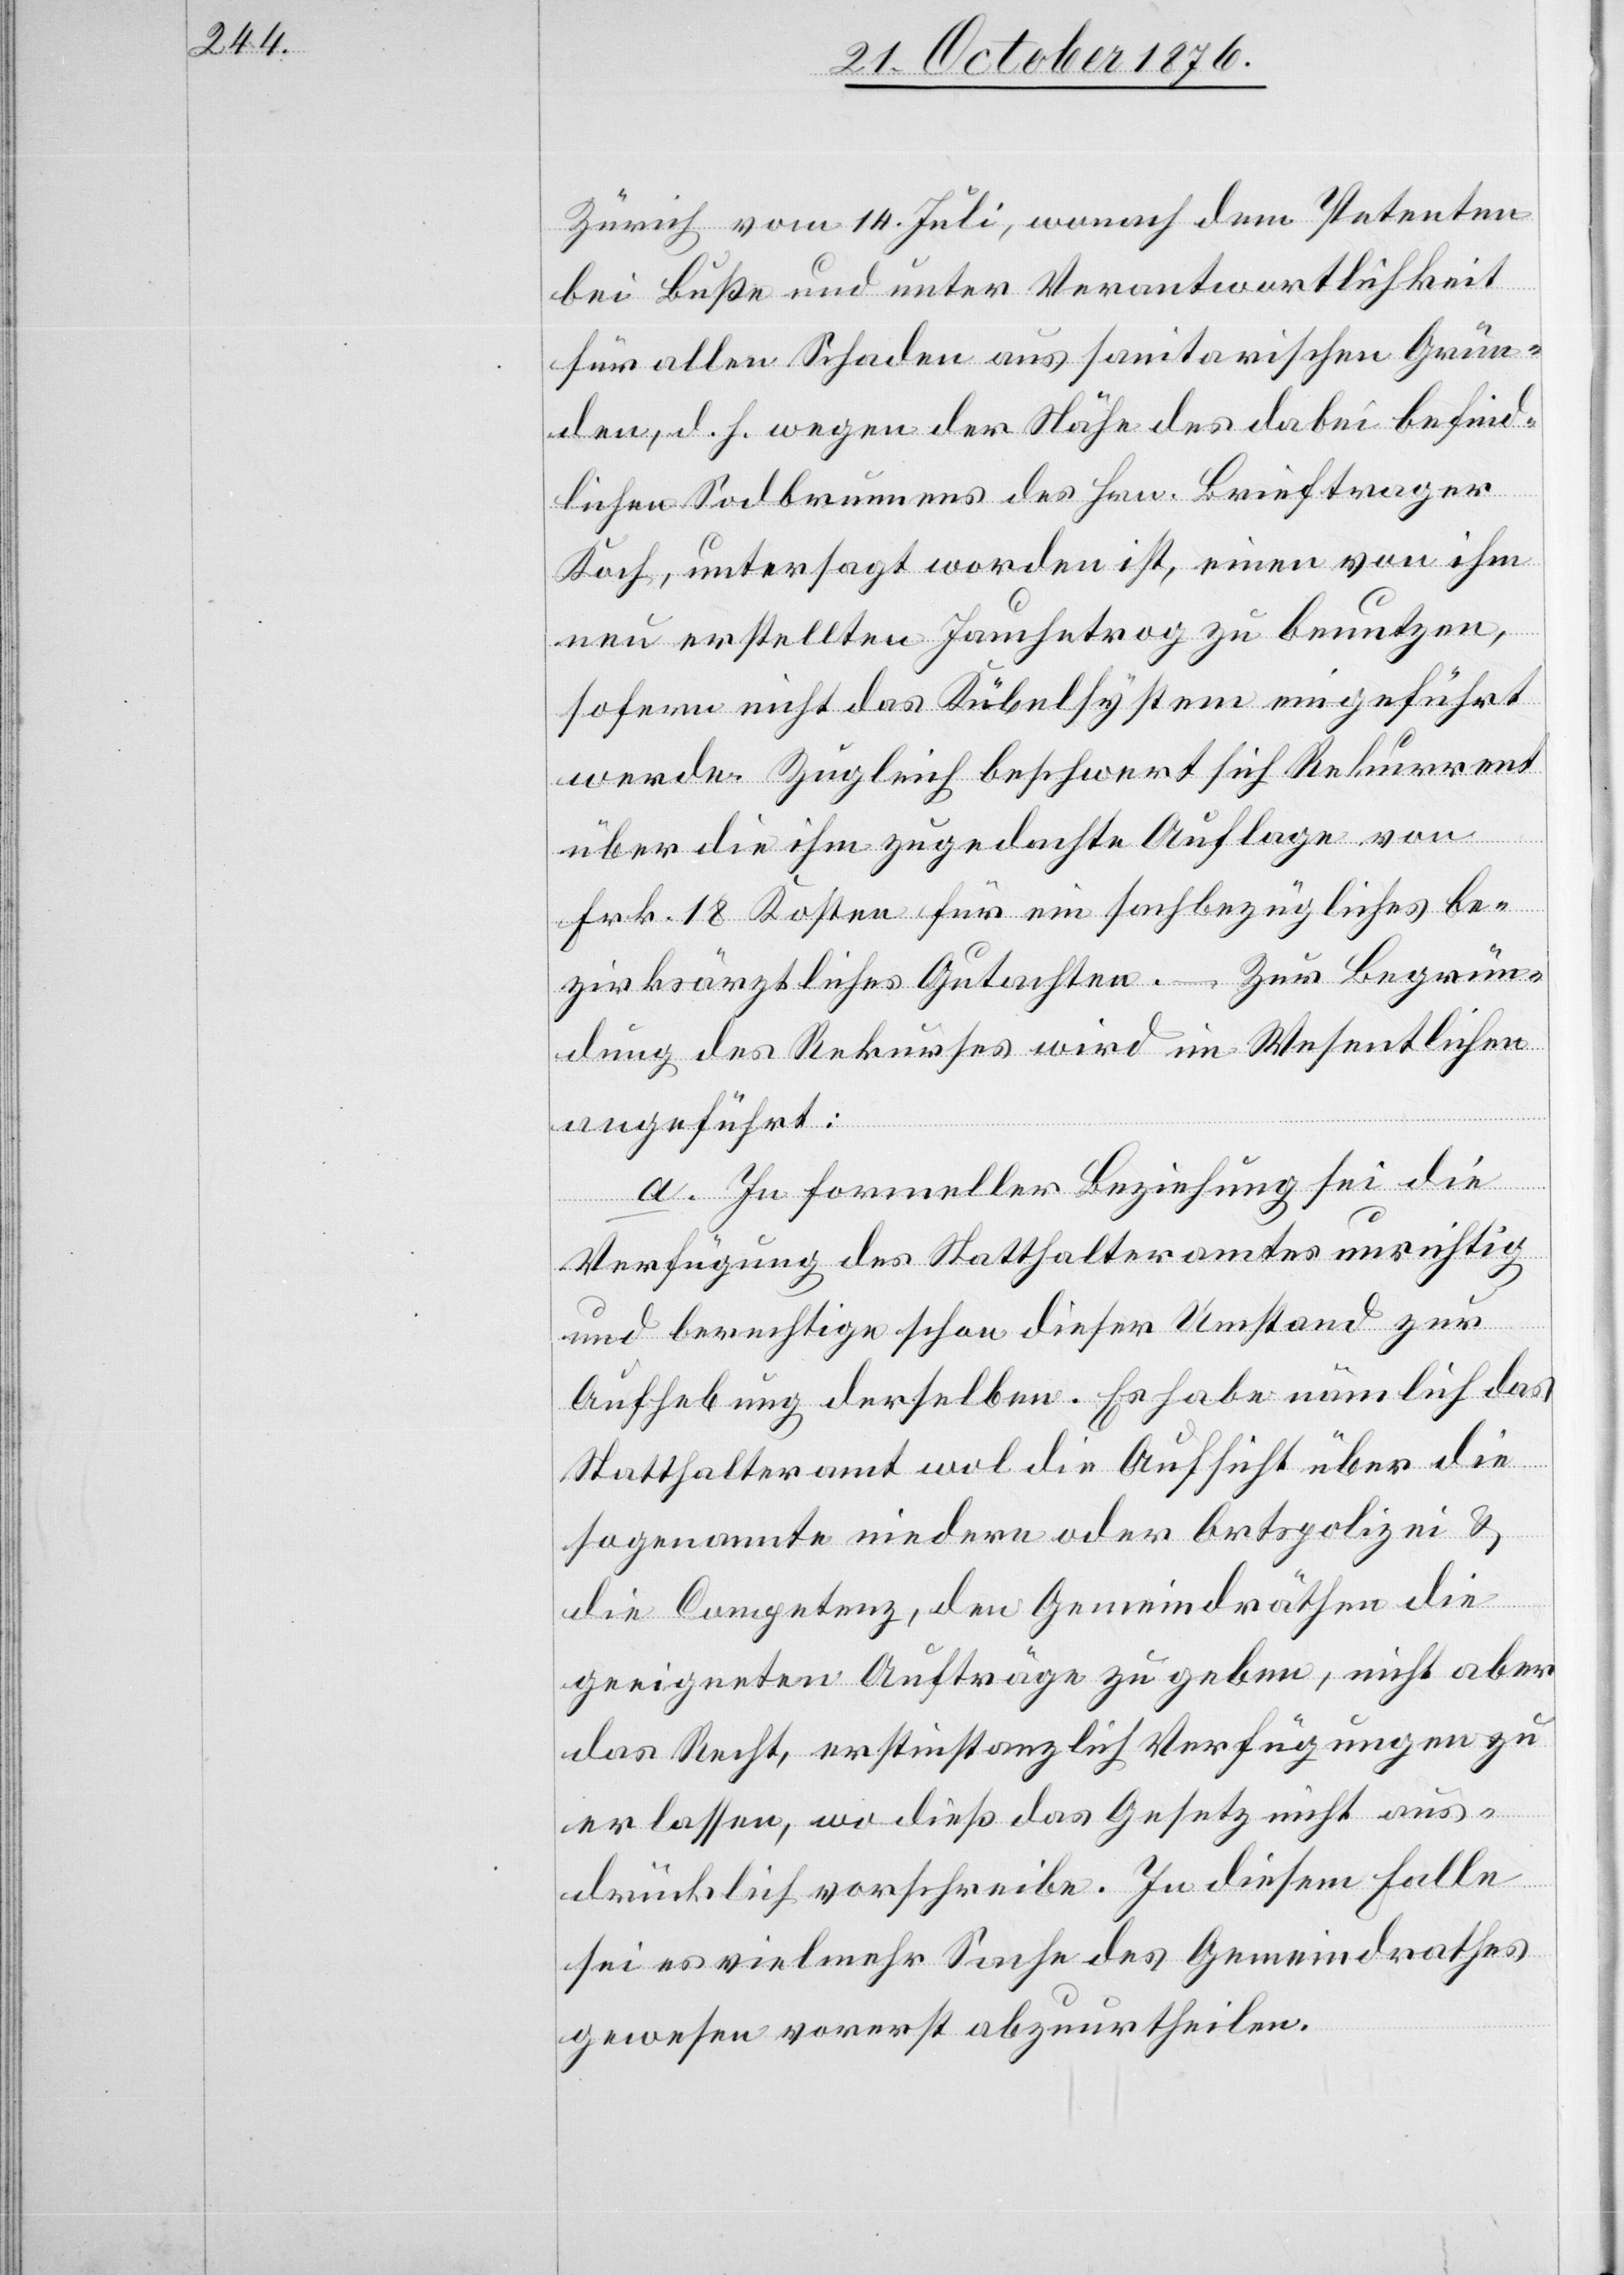
Zürich vom 14. Juli, wonach dem Petenten
bei Buße und unter Verantwortlichkeit
für allen Schaden aus sanitarischen Grün¬
den, d. h. wegen der Nähe des dabei befind¬
lichen Sodbrunnens des Hrn. Brieftrager
Koch, untersagt worden ist, einen von ihm
neu erstellten Jauchetrog zu benutzen,
sofern nicht das Kübelsystem eingeführt
werde. Zugleich beschwert sich Rekurrent
über die ihm zugedachte Auflage von
Frk. 18 Kosten für ein sachbezügliches be¬
zirksräthliches Gutachten. – Zur Begrün¬
dung des Rekurses wird im Wesentlichen
angeführt:
a. In formeller Beziehung sei die
Verfügung des Statthalteramtes unrichtig
und berechtige schon dieser Umstand zur
Aufhebung derselben. Es habe nämlich das
Statthalteramt wol die Aufsicht über die
sogenannte niedere oder Ortspolizei &
die Competenz, den Gemeindräthen die
geeigneten Aufträge zu geben, nicht aber
das Recht, erstinstanzlich Verfügungen zu
erlassen, wo dieß das Gesetz nicht aus¬
drücklich vorschreibe. In diesem Falle
sei es vielmehr Sache des Gemeindrathes
gewesen vorerst abzuurtheilen.